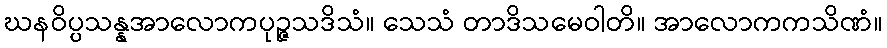
ဃနဝိပ္ပသန္နအာလောကပုဉ္ဇသဒိသံ။ သေသံ တာဒိသမေဝါတိ။ အာလောကကသိဏံ။